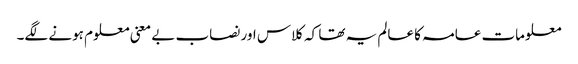
معلومات عامہ کا عالم یہ تھا کہ کلاس اور نصاب بے معنی معلوم ہونے لگے۔